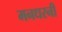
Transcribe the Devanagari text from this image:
मनधरनी